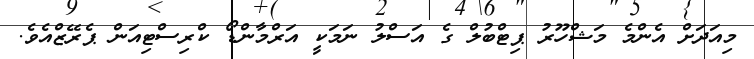
މިއަދަށް އެންމެ މަޝްހޫރު ޕިޓްބުލް ގެ އަސްލު ނަމަކީ އަރްމާންޑޯ ކްރިސްޓިއަން ޕެރޭޒްއެވެ.